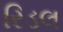
રિડલ